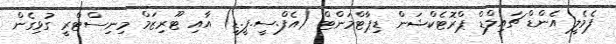
ފެމެލީ އެންޑް ޗައިލްޑް ޕްރޮޓެކްޝަން ޑިޕާޓްމަންޓް (އެފް.ސީ.ޕީ.ޑީ) އާއި ޓޫރިޒަމް މިނިސްޓްރީ ގުޅިގެން